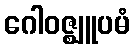
ဂေါဝဇ္ဈူပမံ